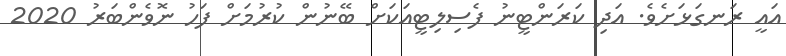
އައީ ރަނގަޅަށެވެ. އަދި ކަރަންޓީނު ފެސިލިޓީއަކަށް ބޭނުން ކުރުމަށް ފަހު ނޮވެންބަރު 2020